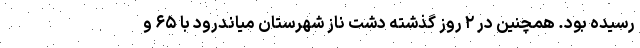
رسیده بود. همچنین در ۲ روز گذشته دشت ناز شهرستان میاندرود با ۶۵ و